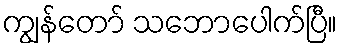
ကျွန်တော် သဘောပေါက်ပြီ။